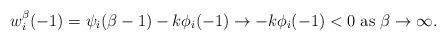
LaTeX: \begin{align*}w_i^\beta(-1)=\psi_i(\beta-1)-k\phi_i(-1)\to-k\phi_i(-1)<0 \mbox{ as } \beta\to\infty.\end{align*}